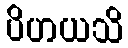
ပိဟယသိ